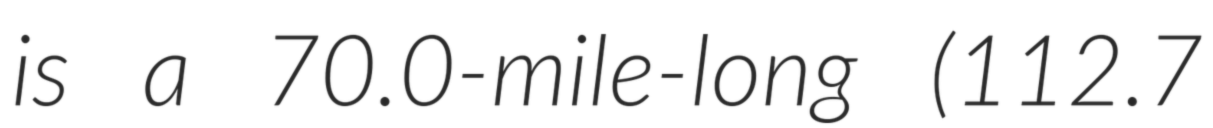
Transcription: is a 70.0-mile-long (112.7